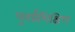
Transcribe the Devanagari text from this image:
पूनर्प्रशिक्षिण